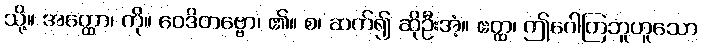
သို့။ အတ္ထော၊ ကို။ ဝေဒိတဗ္ဗော၊ ၏။ စ၊ ဆက်၍ ဆိုဦးအံ့။ ဧတ္ထ၊ ဤဂေါတြဘူဟူသော